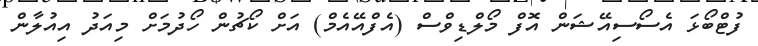
ފުޓްބޯޅަ އެސޯސިއޭޝަން އޮފް މޯލްޑިވްސް (އެފްއޭއެމް) އަށް ކޯޗުން ހޯދުމަށް މިއަދު އިއުލާން